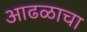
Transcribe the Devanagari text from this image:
आढळाचा